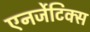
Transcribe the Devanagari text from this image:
एनर्जेटिक्स